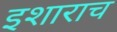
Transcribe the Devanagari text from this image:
इशाराच